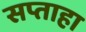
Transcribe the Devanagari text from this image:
सप्ताहा